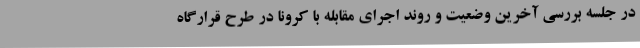
در جلسه بررسی آخرین وضعیت و روند اجرای مقابله با کرونا در طرح قرارگاه